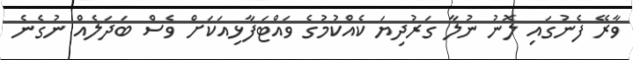
ވާރޭ ފެނުގައި ލޮނު ނުލާ ގަރުދިޔަ ކެއްކުމުގެ ވައްޓަފާޅިއަކަށް ވެސް ބަދަލެއް ނުގެނެ